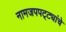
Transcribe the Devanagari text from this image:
नामजपपट्ट्यांचे